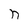
Character: n